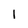
Character: I